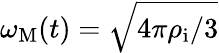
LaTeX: \omega_{\mathrm{M}}(t)=\sqrt{4\pi\rho_{\mathrm{i}}/3}